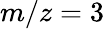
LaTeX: m/z=3